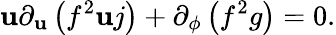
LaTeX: \mathbf{u}\partial_{\mathbf{u}}\left(f^{2}\mathbf{u}j\right)+\partial_{\phi}\left(f^{2}g\right)=0.